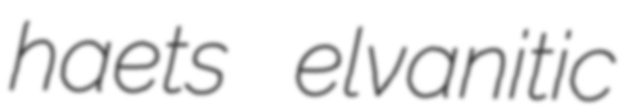
haets elvanitic